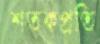
শতকপ্রতি